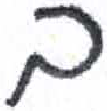
אות: ב